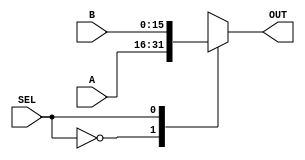
module TwoToOneMux
#(parameter SIZE = 16)
( 	
input SEL,
input [ SIZE - 1 : 0 ] A, B, 
output reg [ SIZE -1 : 0 ] OUT)
;

always@(*)
begin 
	case(SEL)
		1'b0 : OUT = A;
		1'b1 : OUT = B;
	endcase
end 
endmodule